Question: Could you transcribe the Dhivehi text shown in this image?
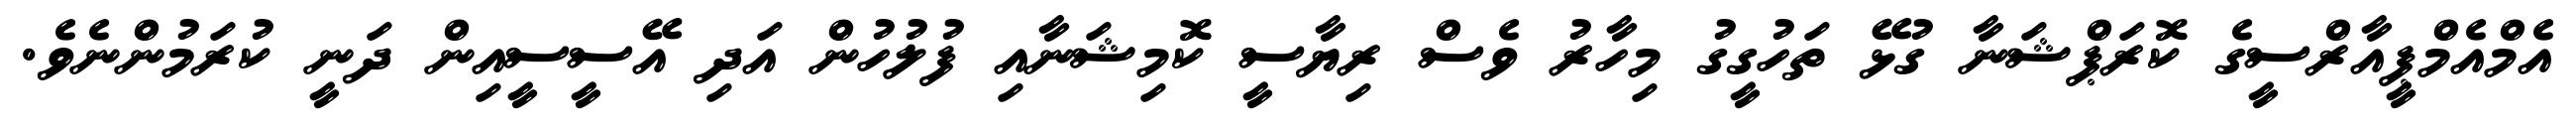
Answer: އެމްއެމްޕީއާރްސީގެ ކޮރަޕްޝަނާ ގުޅޭ ތަހުގީގު މިހާރު ވެސް ރިޔާސީ ކޮމިޝަނާއި ފުލުހުން އަދި އޭސީސީއިން ދަނީ ކުރަމުންނެވެ.